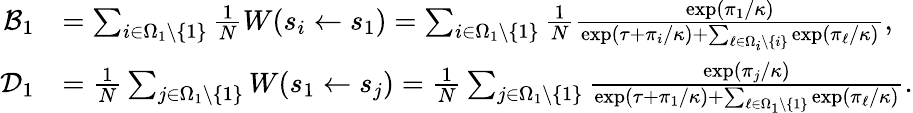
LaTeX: \begin{array}{rl}{\mathcal{B}_{1}}&{=\sum_{i\in\Omega_{1}\backslash\{ 1\} }\frac{1}{N}W(s_{i}\gets s_{1})=\sum_{i\in\Omega_{1}\backslash\{ 1\} }\frac{1}{N}\frac{\exp(\pi_{1}/\kappa)}{\exp(\tau+\pi_{i}/\kappa)+\sum_{\ell\in\Omega_{i}\backslash\{ i\} }\exp(\pi_{\ell}/\kappa)},}\\ {\mathcal{D}_{1}}&{=\frac{1}{N}\sum_{j\in\Omega_{1}\backslash\{ 1\} }W(s_{1}\gets s_{j})=\frac{1}{N}\sum_{j\in\Omega_{1}\backslash\{ 1\} }\frac{\exp(\pi_{j}/\kappa)}{\exp(\tau+\pi_{1}/\kappa)+\sum_{\ell\in\Omega_{1}\backslash\{ 1\} }\exp(\pi_{\ell}/\kappa)}.}\end{array}